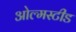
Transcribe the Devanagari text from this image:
ओल्मस्टीड